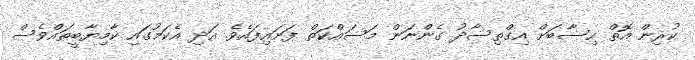
ކުރިން އޮތް ހިސާބަށް އިގްތިސާދު ގެންނަން މަސައްކަތް ފަށައިފައެވެ. އަދި އެކަމުގައި ކާމިޔާބީތައްވެސް